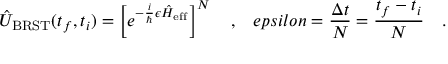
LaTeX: \hat { U } _ { \mathrm { B R S T } } ( t _ { f } , t _ { i } ) = \left[ e ^ { - \frac { i } { \hbar } \epsilon \hat { H } _ { \mathrm { e f f } } } \right] ^ { N } \ \ \ , \ \ \, e p s i l o n = \frac { \Delta t } { N } = \frac { t _ { f } - t _ { i } } { N } \ \ \ .